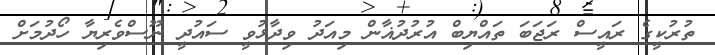
ތުރުކީގެ ރައީސް ރަޖަބަ ތައްޔިބް އުރުދުޣާން މިއަދު ވިދާޅުވީ ސައުދީ ނޫސްވެރިޔާ ހޯދުމަށް